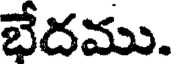
భేదము.